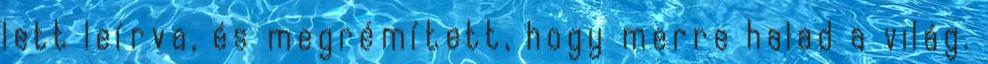
lett leírva, és megrémített, hogy merre halad a világ.